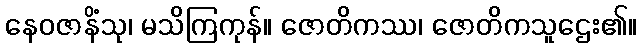
နေဝဇာနိံသု၊ မသိကြကုန်။ ဇောတိကဿ၊ ဇောတိကသူဌေး၏။